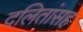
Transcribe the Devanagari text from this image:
दलितांसह